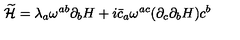
\widetilde { \cal H } = \lambda _ { a } \omega ^ { a b } \partial _ { b } H + i \bar { c } _ { a } \omega ^ { a c } ( \partial _ { c } \partial _ { b } H ) c ^ { b }